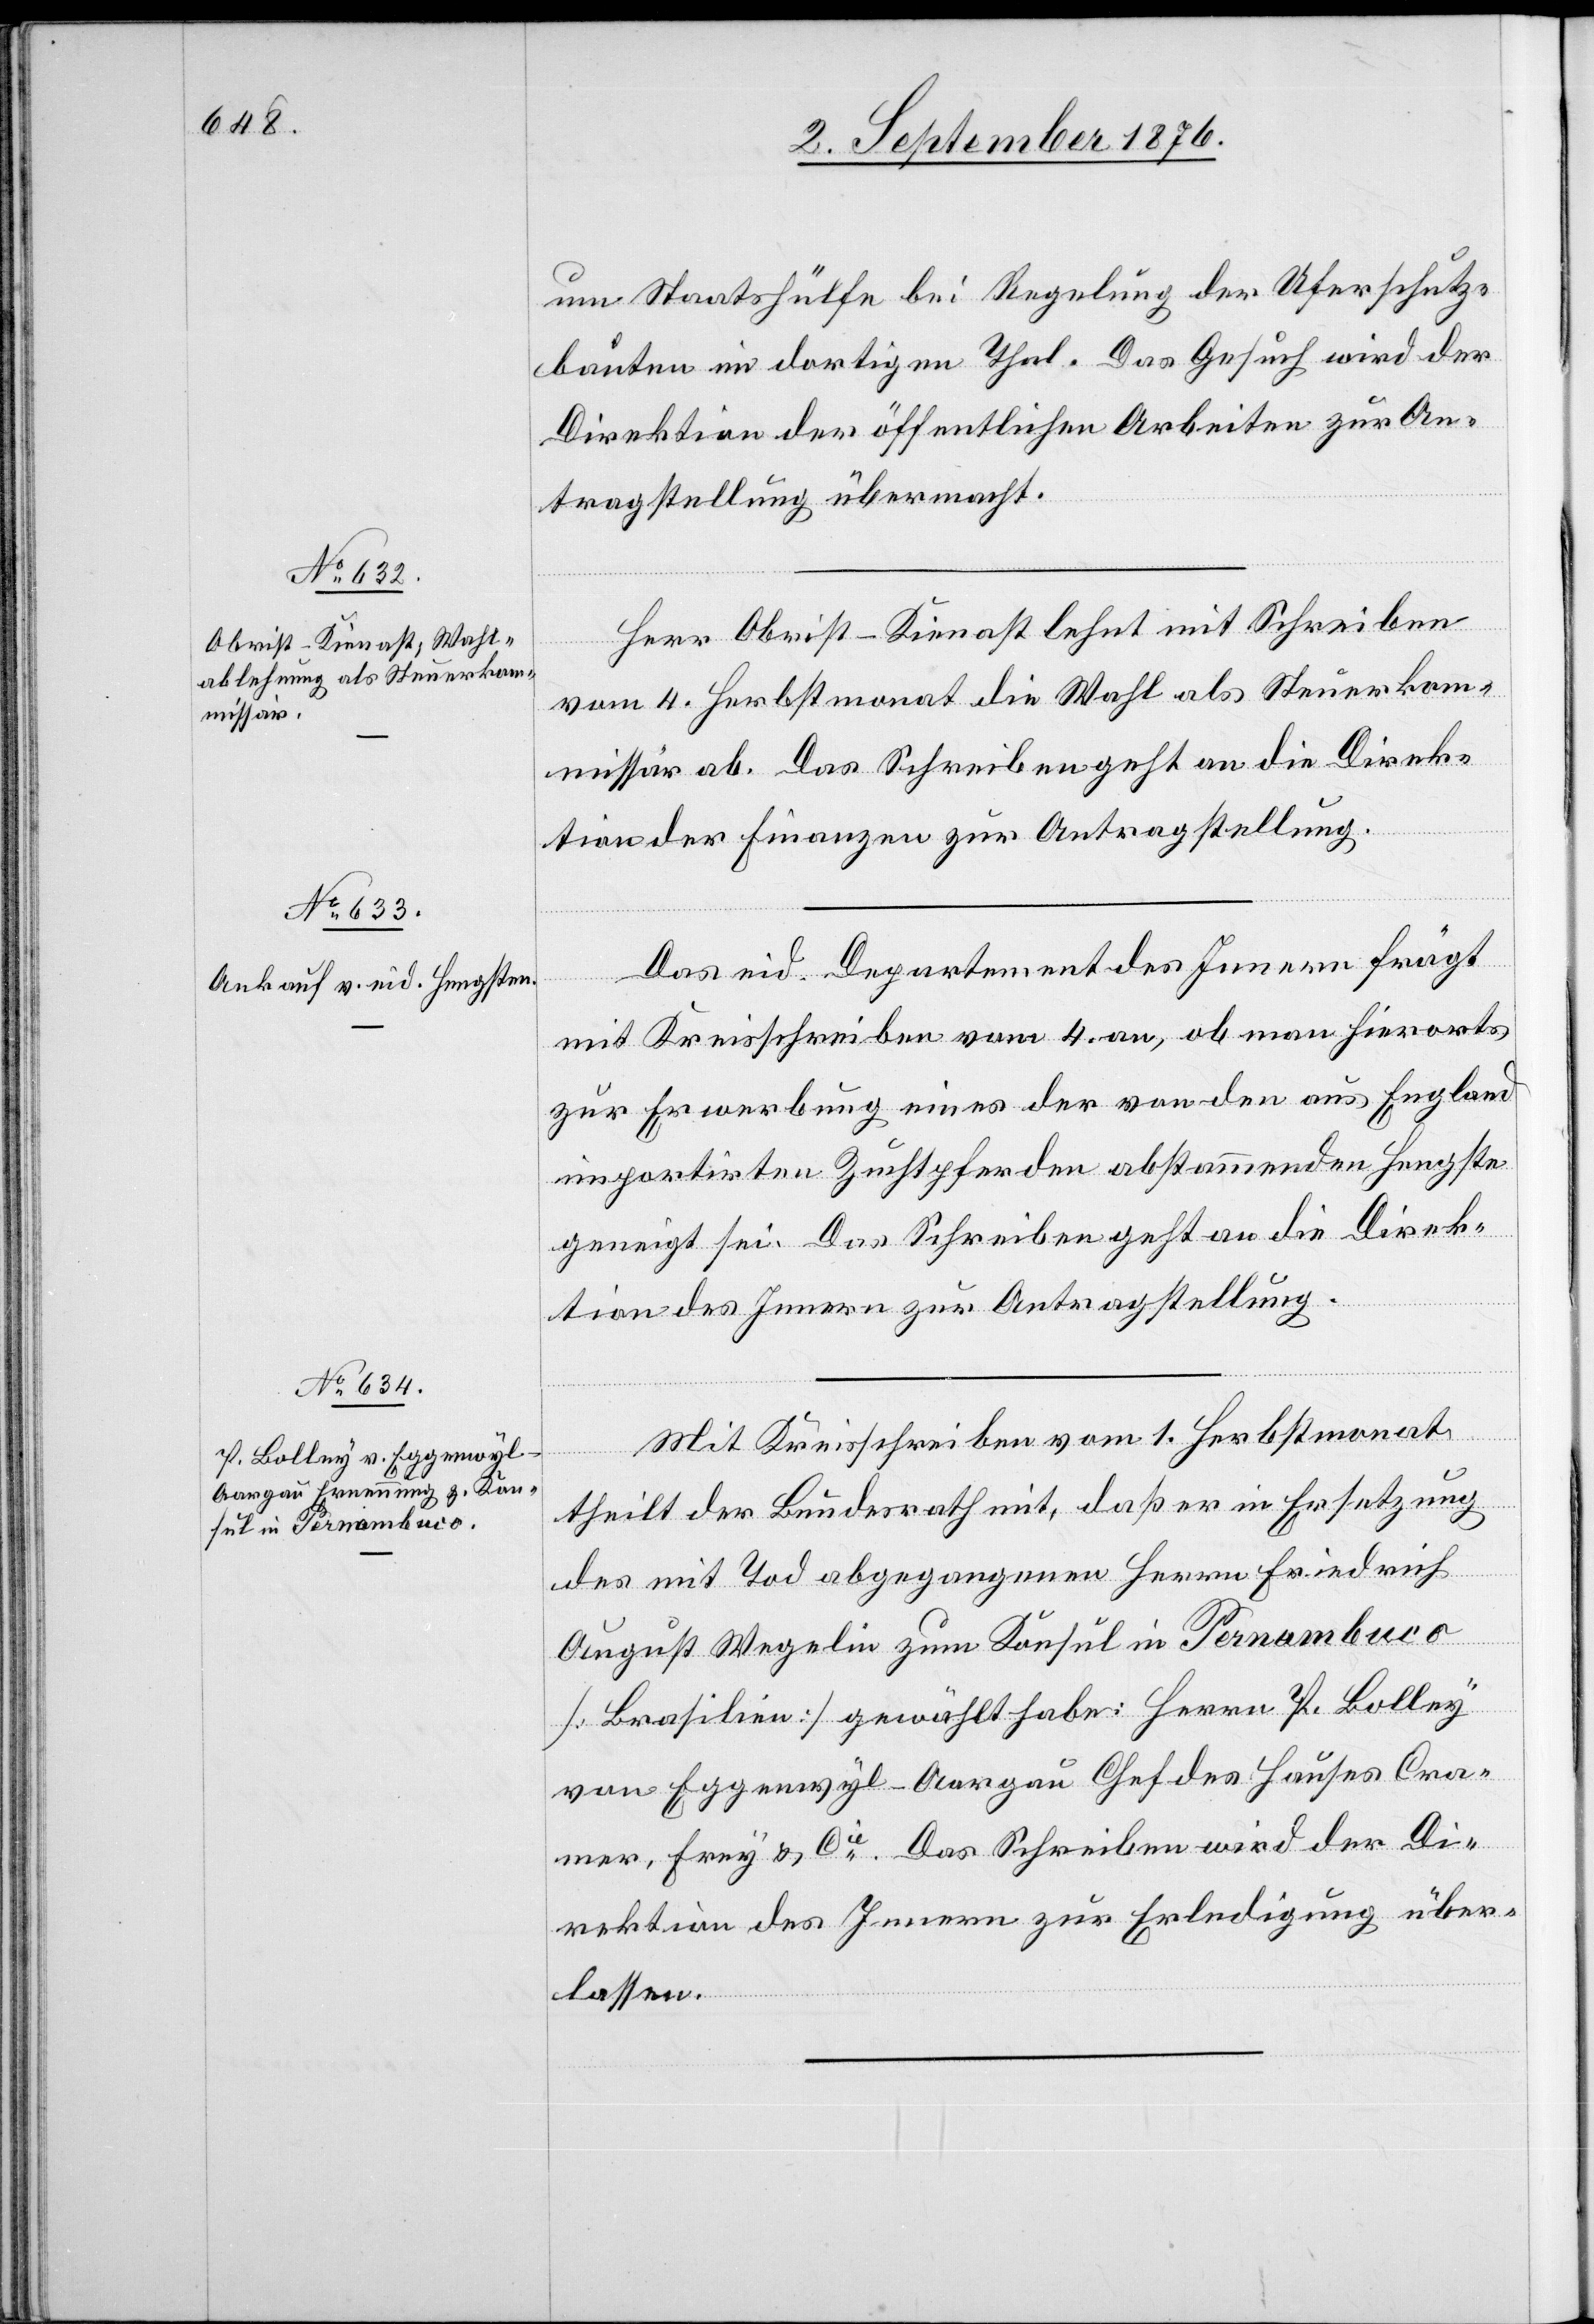
5. September 1876.]
um Staatshülfe bei Regelung der Uferschutz¬
bauten im dortigen Thal. Das Gesuch wird der
Direktion der öffentlichen Arbeiten zur An¬
tragstellung übermacht.
Herr Obrist-Kienast lehnt mit Schreiben
vom 4. Heumonat die Wahl als Steuerkom¬
missär ab. Das Schreiben geht an die Direk¬
tion der Finanzen zur Antragstellung.
Das eid. Departement des Innern frägt
mit Kreisschreiben vom 4. an, ob man hierorts
zur Erwerbung eines der von den aus England
importirten Zuchtpferden abstammenden Hengste[s]
geneigt sei. Das Schreiben geht an die Direk¬
tion des Innern zur Antragstellung.
Mit Kreisschreiben vom 1. Herbstmonat
theilt der Bundesrath mit, daß er in Ersetzung
des mit Tod abgegangenen Herrn Friedrich
August Wegelin zum Konsul in Pernambuco
[Brasilien] gewählt habe: Herrn P. Bolley
von Eggenwyl - Aargau Chef des Hauses Cra¬
mer, Frey & Cie Das Schreiben wird der Di¬
rektion des Innern zur Erledigung über¬
lassen.